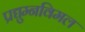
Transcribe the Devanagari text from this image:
प्रद्युम्नविमल